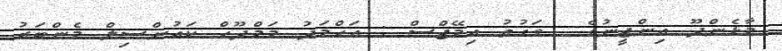
މާޅެންދޫ އިންޖީނުގެ  ވަގުތު އިމޭޖްސް : އަހްމަދު މަމްދޫހް ކައުންސިލް މެންބަރު